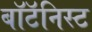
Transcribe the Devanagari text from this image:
बॉटॅनिस्ट